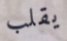
يقلب